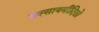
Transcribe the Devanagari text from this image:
यस्सायमीदिसो